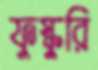
ফুস্কুরি